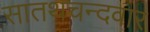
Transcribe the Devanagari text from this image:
सातथचन्दवार